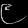
Digit: ၉